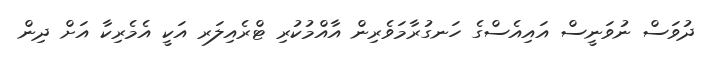
ދުވަސް ނުވަނީސް އައިއެސްގެ ހަނގުރާމަވެރިން އާއްމުކުރި ޓްރެއިލަރ އަކީ އެމެރިކާ އަށް ދިން